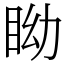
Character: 眑